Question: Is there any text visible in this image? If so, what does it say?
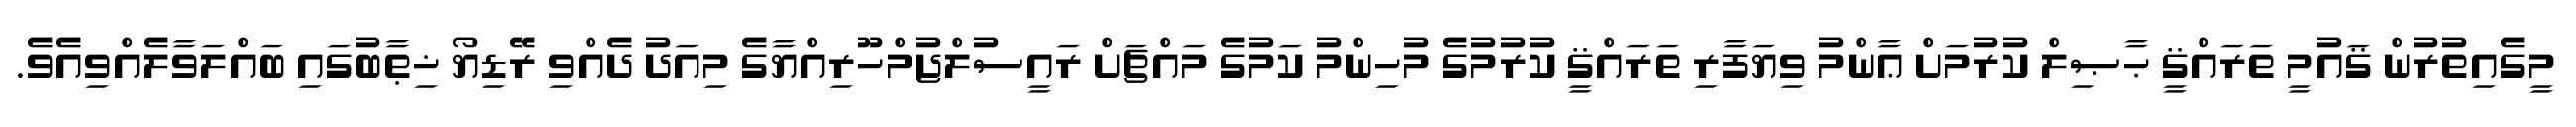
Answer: މީގެއިތުރުން ޤައުމީ ތަރައްޤީ ޙާޞިލް ކުރުމަށް ޢާންމު ވިޔަފާރި ތަރައްޤީ ކުރުމުގެ މުހިންމު ކަމުގެ މައްޗަށް ރައީސުލްޖުމްހޫރިއްޔާގެ މިއަދު ދެއްވި ރޭޑިޔޯ ޚިޠާބުގައި ބައްލަވާލެއްވިއެވެ.